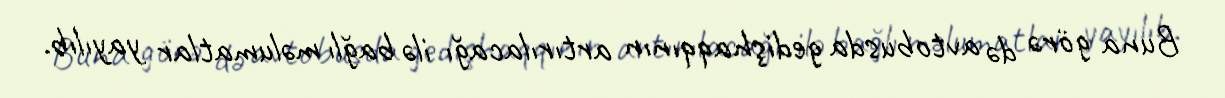
Buna görə də avtobusda gedişhaqqının artırılacağı ilə bağlı məlumatlar yayılıb.